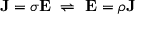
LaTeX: \mathbf { J } = { \boldsymbol { \sigma } } \mathbf { E } \, \, \rightleftharpoons \, \, \mathbf { E } = { \boldsymbol { \rho } } \mathbf { J } \,